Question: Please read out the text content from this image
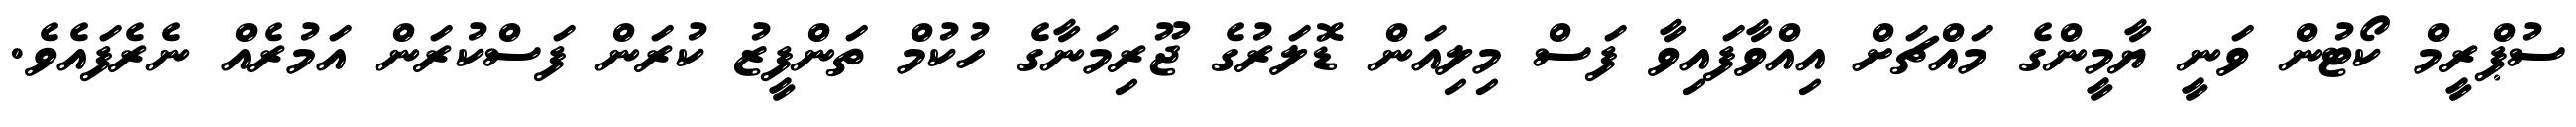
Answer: ސުޕްރީމް ކޯޓުން ވަނީ ޔާމީންގެ މައްޗަށް އިއްވާފައިވާ ފަސް މިލިއަން ޑޮލަރުގެ ޖޫރިމަނާގެ ހުކުމް ތަންފީޒު ކުރަން ފަސްކުރަން އަމުރެއް ނެރެފައެވެ.